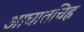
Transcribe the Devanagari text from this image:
आघातचिह्र